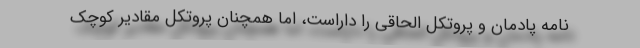
نامه پادمان و پروتکل الحاقی را داراست، اما همچنان پروتکل مقادیر کوچک